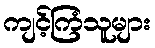
ကျင့်ကြံသူများ